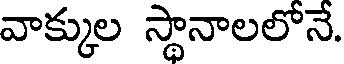
వాక్కుల స్థానాలలోనే.